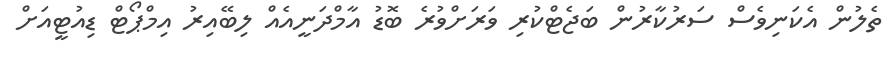
ތެލުން އެކަނިވެސް ސަރުކާރުން ބަޖެޓްކުރި ވަރަށްވުރެ ބޮޑު އާމްދަނީއެއް ލިބޭއިރު އިމްޕޯޓް ޑިއުޓީއަށް